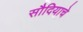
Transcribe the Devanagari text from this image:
सौदियाचे